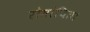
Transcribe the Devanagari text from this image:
रोमांचित।